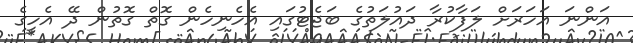
އަންނަ އަހަރަށް ލަފާކުރާ ދައުލަތުގެ ބަޖެޓުގައި އެހެނިހެން ގޮތް ގޮތުން ދޭ އެހީގެ